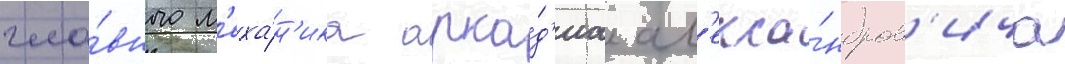
гла́вного м'еха́н'ика арка́д'иа ал'екса́ндров'ича